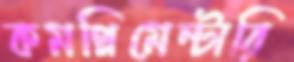
কমপ্লিমেন্টারি